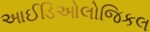
આઈડિઓલોજિકલ